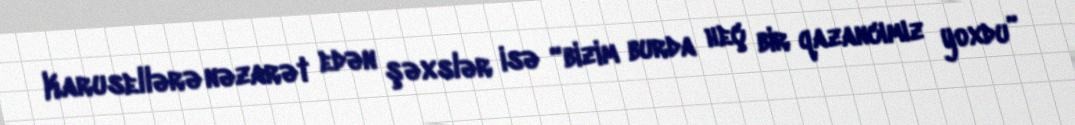
Karusellərə nəzarət edən şəxslər isə “bizim burda heç bir qazancımız yoxdu”